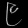
Digit: ၉